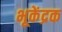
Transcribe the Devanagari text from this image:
भूकेंद्रक